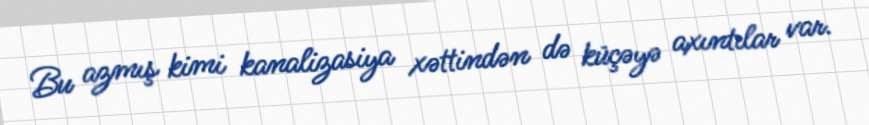
Bu azmış kimi kanalizasiya xəttindən də küçəyə axıntılar var.